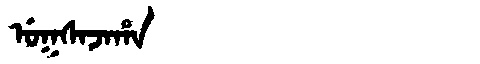
Manchu: ᡠᡴᠰᠠᠵᠠᡥᠠ
Romanization: UKSAJAHA